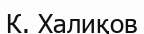
К. Халиқов